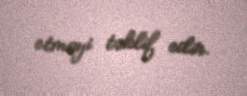
etməyi təklif edir.